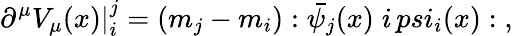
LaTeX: \partial^{\mu}V_{\mu}(x)|_{i}^{j}=(m_{j}-m_{i}):\bar{\psi_{j}}(x)\; i\, psi_{i}(x):\; ,